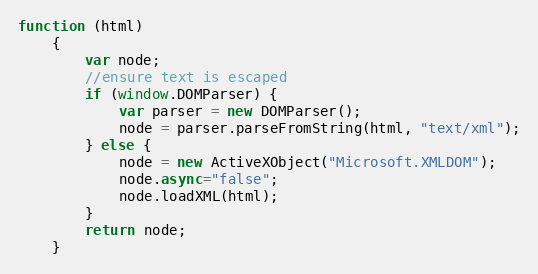
Language: JavaScript
function (html)
    {
        var node;
        //ensure text is escaped
        if (window.DOMParser) {
            var parser = new DOMParser();
            node = parser.parseFromString(html, "text/xml");
        } else {
            node = new ActiveXObject("Microsoft.XMLDOM");
            node.async="false";
            node.loadXML(html);
        }
        return node;
    }